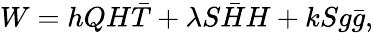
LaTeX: W=hQH\bar{T}+\lambda S\bar{H}H+kSg\bar{g},